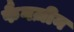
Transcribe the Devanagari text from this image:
फैनज़ीन